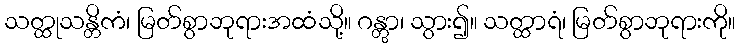
သတ္ထုသန္တိကံ၊ မြတ်စွာဘုရားအထံသို့။ ဂန္တွာ၊ သွား၍။ သတ္ထာရံ၊ မြတ်စွာဘုရားကို။